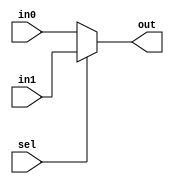
module mux2to1_ca(in0, in1, sel, out);
input in0;
input in1;
input sel;
output out;

assign out = (sel) ? in1 : in0;

endmodule